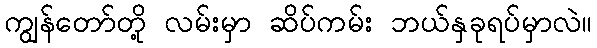
ကျွန်တော်တို့ လမ်းမှာ ဆိပ်ကမ်း ဘယ်နှခုရပ်မှာလဲ။